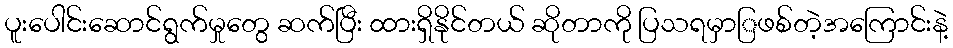
ပူးပေါင်းဆောင်ရွက်မှုတွေ ဆက်ပြီး ထားရှိနိုင်တယ် ဆိုတာကို ပြသရမှာြဖစ်တဲ့အကြောင်းနဲ့